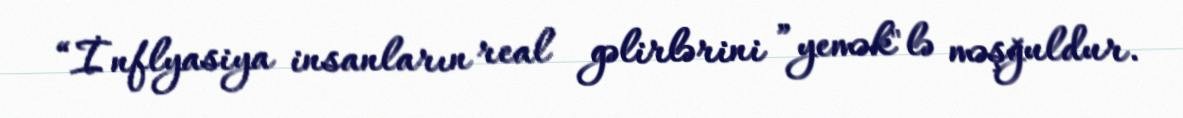
“İnflyasiya insanların real gəlirlərini ”yemək"lə məşğuldur.